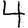
Digit: 4